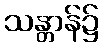
သန္တာန်၌